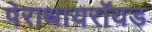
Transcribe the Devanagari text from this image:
पेराथायरॉयड